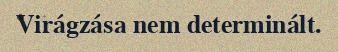
Virágzása nem determinált.